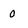
Character: 0